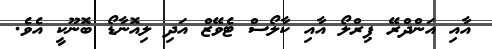
އާއި އަންދްރޭ ޕިރްލޯ އާއި ކާލޯސް ޓެވޭޒް އަދި ލިއޮނާޑޯ ބޮނޫކީ އެވެ.